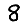
Digit: 8